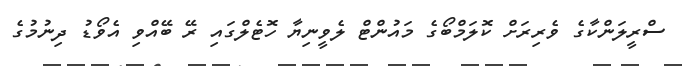
ސްރީލަންކާގެ ވެރިރަށް ކޮލަމްބޯގެ މައުންޓް ލެވީނިޔާ ހޮޓެލްގައި ރޭ ބޭއްވި އެވޯޑު ދިނުމުގެ